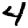
Digit: 4